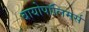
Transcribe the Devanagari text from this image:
बायोपॉलिमर्स